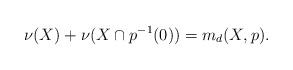
LaTeX: \begin{align*}\nu(X)+\nu(X\cap p^{-1}(0))=m_d(X,p).\end{align*}